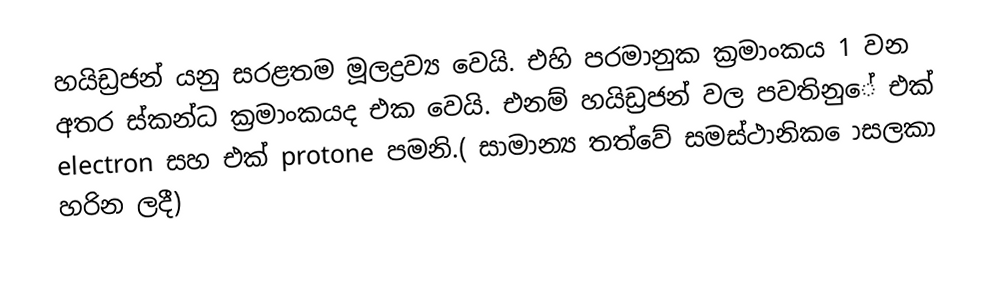
හයිඩ්‍රජන් යනු සරළතම මූලද්‍රව්‍ය වෙයි. එහි පරමානුක ක්‍රමාංකය 1 වන අතර ස්කන්ධ ක්‍රමාංකයද එක වෙයි. එනම් හයිඩ්‍රජන් වල පවතිනුේ එක් electron සහ එක් protone පමනි.( සාමාන්‍ය තත්වේ සමස්ථානික ොසලකා හරින ලදී)